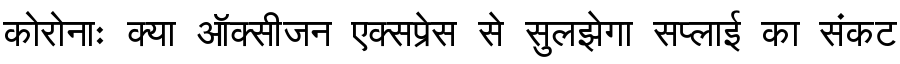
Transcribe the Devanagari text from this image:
कोरोनाः क्या ऑक्सीजन एक्सप्रेस से सुलझेगा सप्लाई का संकट